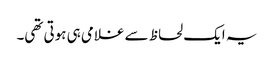
یہ ایک لحاظ سے غلامی ہی ہوتی تھی۔